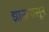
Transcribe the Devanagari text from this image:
ज्ञानापासून